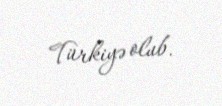
Türkiyə olub.